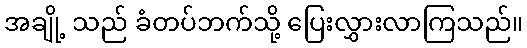
အချို့ သည် ခံတပ်ဘက်သို့ ပြေးလွှားလာကြသည်။